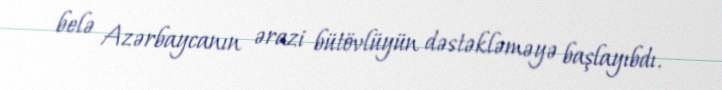
belə Azərbaycanın ərazi bütövlüyün dəstəkləməyə başlayıbdı.